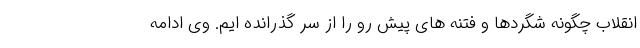
انقلاب چگونه شگردها و فتنه های پیش رو را از سر گذرانده ایم. وی ادامه